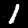
Label: 1